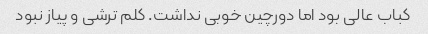
کباب عالی بود اما دورچین خوبی نداشت. کلم ترشی و پیاز نبود